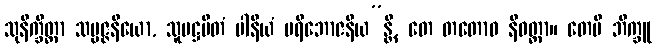
သုနိက္ခိတ္တာ သမ္မဇ္ဇနိယော, သူပဋ္ဌပိတံ ပါနီယံ ပရိဘောဇနီယ”န္တိ, တေ တတောဝ နိဝတ္တာ။ တေပိ ဘိက္ခူ